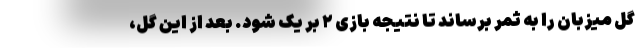
گل میزبان را به ثمر برساند تا نتیجه بازی ۲ بر یک شود. بعد از این گل،